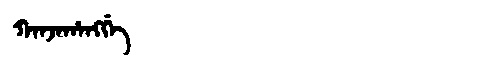
Manchu: ᡴᠠᠨᠵᠠᡥᠠᠩᡤᡝ
Romanization: KANJAHANGGE